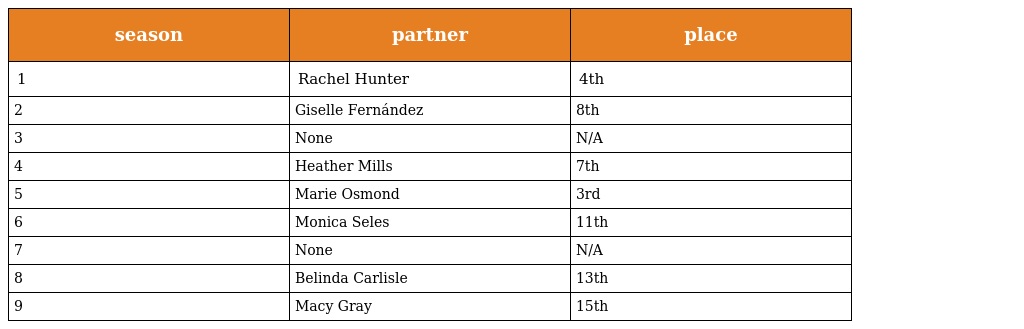
| season | partner | place |
 | --- | --- | --- |
 | 1 | Rachel Hunter | 4th |
 | 2 | Giselle Fernández | 8th |
 | 3 | None | N/A |
 | 4 | Heather Mills | 7th |
 | 5 | Marie Osmond | 3rd |
 | 6 | Monica Seles | 11th |
 | 7 | None | N/A |
 | 8 | Belinda Carlisle | 13th |
 | 9 | Macy Gray | 15th |